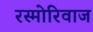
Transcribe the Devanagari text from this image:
रस्मोरिवाज